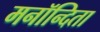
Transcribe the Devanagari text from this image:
मनॉन्दिता